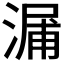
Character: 𣺘